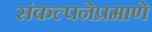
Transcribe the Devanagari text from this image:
संकल्पनेप्रमाणे